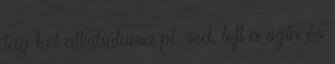
tag két attribútuma pl. red, left a szín és